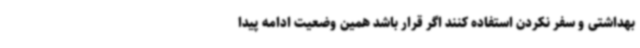
بهداشتی و سفر نکردن استفاده کنند اگر قرار باشد همین وضعیت ادامه پیدا